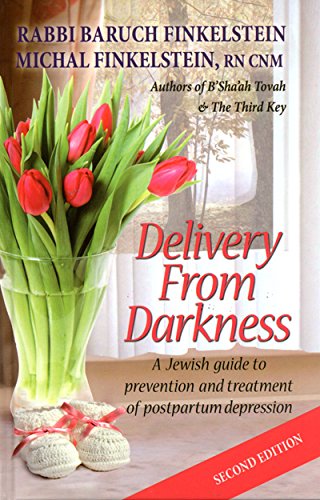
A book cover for Delivery from Darkness: A Jewish Guide to Prevention and Treatment of Postpartum Depression; Baruch Finkelstein; Health, Fitness & Dieting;